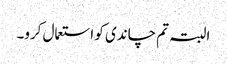
البتہ تم چاندی کو استعمال کرو۔